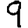
Digit: 9